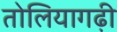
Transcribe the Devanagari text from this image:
तोलियागढ़ी